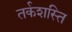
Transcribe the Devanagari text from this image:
तर्कशस्ति